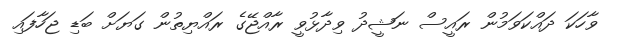
ވާހަކަ ދައްކަވަމުން ރައީސް ނަޝީދު ވިދާޅުވީ ރާއްޖޭގެ ރައްޔިތުން ގަޔަށް ބަޑި ޖަހާފައި